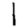
Digit: 1